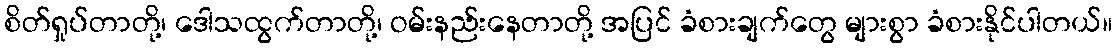
စိတ်ရှုပ်တာတို့၊ ဒေါသထွက်တာတို့၊ ဝမ်းနည်းနေတာတို့ အပြင် ခံစားချက်တွေ များစွာ ခံစားနိုင်ပါတယ်။